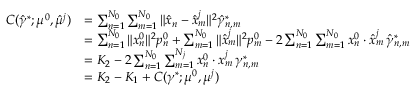
\begin{array} { r l } { C ( \hat { \gamma } ^ { * } ; \mu ^ { 0 } , \hat { \mu } ^ { j } ) } & { = \sum _ { n = 1 } ^ { N _ { 0 } } \sum _ { m = 1 } ^ { N _ { 0 } } \| \hat { x } _ { n } - \hat { x } _ { m } ^ { j } \| ^ { 2 } \hat { \gamma } _ { n , m } ^ { * } } \\ & { = \sum _ { n = 1 } ^ { N _ { 0 } } \| x _ { n } ^ { 0 } \| ^ { 2 } p _ { n } ^ { 0 } + \sum _ { m = 1 } ^ { N _ { 0 } } \| \hat { x } _ { m } ^ { j } \| ^ { 2 } p _ { m } ^ { 0 } - 2 \sum _ { n = 1 } ^ { N _ { 0 } } \sum _ { m = 1 } ^ { N _ { 0 } } x _ { n } ^ { 0 } \cdot \hat { x } _ { m } ^ { j } \, \hat { \gamma } _ { n , m } ^ { * } } \\ & { = K _ { 2 } - 2 \sum _ { n = 1 } ^ { N _ { 0 } } \sum _ { m = 1 } ^ { N _ { j } } x _ { n } ^ { 0 } \cdot x _ { m } ^ { j } \, \gamma _ { n , m } ^ { * } } \\ & { = K _ { 2 } - K _ { 1 } + C ( \gamma ^ { * } ; \mu ^ { 0 } , \mu ^ { j } ) } \end{array}